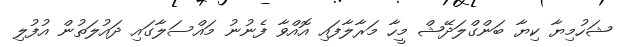
ޝަހުމިޔާ ކިޔާ ބަންގްލަދޭޝް މީހާ މަރާލާފައި އޮއްވާ ފެނުނު މައްސަލާގައި ދައުލަތުން އުފުލި